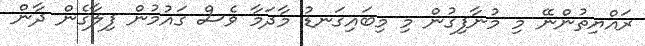
ރައްޔިތުންނޭ މި މުނާފިގުން މި މިބައިގަނޑު މާދަމާ ވެސް ގައުމުން ފިލާގެން ދާން